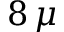
8 \, \mu